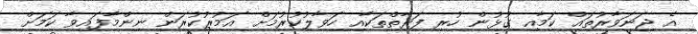
އެ ޖަނަވާރުތައް ކަމާއި ގުޅުން ހުރި ފަރާތްތަކާއި ހަވާލުކުރުމަށް އަމުރުކުރަން ނިންމާފައިވާ ކަމަށް